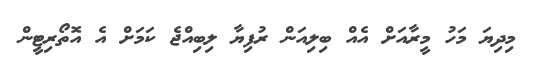
މިދިޔަ މަހު މީރާއަށް އެއް ބިލިއަން ރުފިޔާ ލިބިއްޖެ ކަމަށް އެ އޮތޯރިޓީން